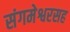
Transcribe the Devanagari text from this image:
संगमेश्वरसह